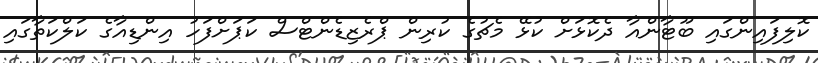
ކޮލިފައިންގައި ބޫޓާންއާ ދެކޮޅަށް ކުޅޭ މެޗުގެ ކުރިން ޕްރެޒިޑެންޓްސް ކަޕަށްފަހު އިންޑިއާގެ ކަލްކަތާގައި